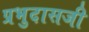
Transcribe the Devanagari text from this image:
प्रभुदासजी